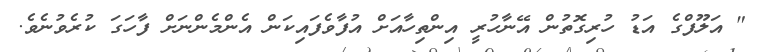
" އަލޫފްގެ އަޑު ހުރިގޮތުން އޭނާހުރީ އިންތިހާއަށް އުފާވެފައިކަން އެންމެންނަށް ފާހަގަ ކުރެވުނެވެ.